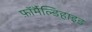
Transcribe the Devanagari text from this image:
फ़ॉर्मैल्डिहाइड